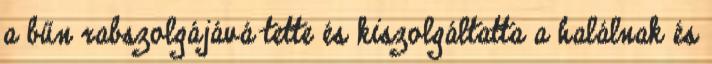
a bűn rabszolgájává tette és kiszolgáltatta a halálnak és